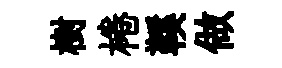
樹棬鞵做